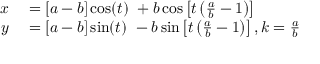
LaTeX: \begin{array} { r l } { x } & { { } = [ a - b ] \cos ( t ) \ + b \cos \left[ t \left( { \frac { a } { b } } - 1 \right) \right] } \\ { y } & { { } = [ a - b ] \sin ( t ) \ - b \sin \left[ t \left( { \frac { a } { b } } - 1 \right) \right] , k = { \frac { a } { b } } } \end{array}